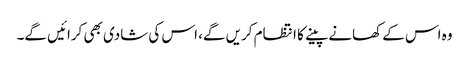
وہ اس کے کھانے پینے کا انتظام کریں گے، اس کی شادی بھی کرائیں گے۔